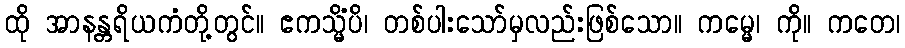
ထို အာနန္တရိယကံတို့တွင်။ ဧကသ္မိံပိ၊ တစ်ပါးသော်မှလည်းဖြစ်သော။ ကမ္မေ၊ ကို။ ကတေ၊